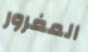
المغرور